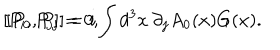
[ P _ { i } , P _ { j } ] = 0 , \hspace { 1 i n } [ P _ { 0 } , P _ { j } ] = i \int d ^ { 3 } x \: \partial _ { j } A _ { 0 } ( x ) G ( x ) .